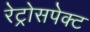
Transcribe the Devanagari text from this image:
रेट्रोसपेक्ट